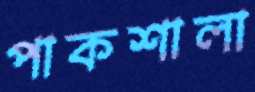
পাকশালা